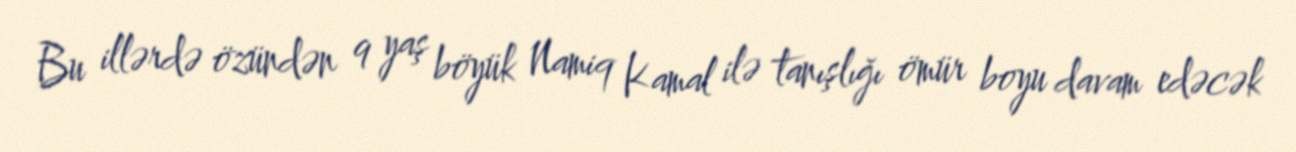
Bu illərdə özündən 9 yaş böyük Namiq Kamal ilə tanışlığı ömür boyu davam edəcək